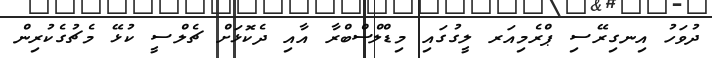
ދުވަހު އިނގިރޭސި ޕްރެމިއަރ ލީގުގައި މިޑްލްސްބްރާ އާއި ދެކޮޅަށް ޗެލްސީ ކުޅޭ މެޗުގެކުރިން